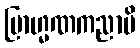
ဗြာဟ္မဏကညာပိ